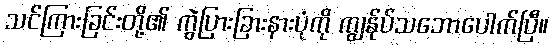
သင်ကြားခြင်းတို့၏ ကွဲပြားခြားနားပုံကို ကျွန်ုပ်သဘောပေါက်ပြီ။